Mental hospitals Bombay report 1929-33 - 1929-1933
Year: 1929
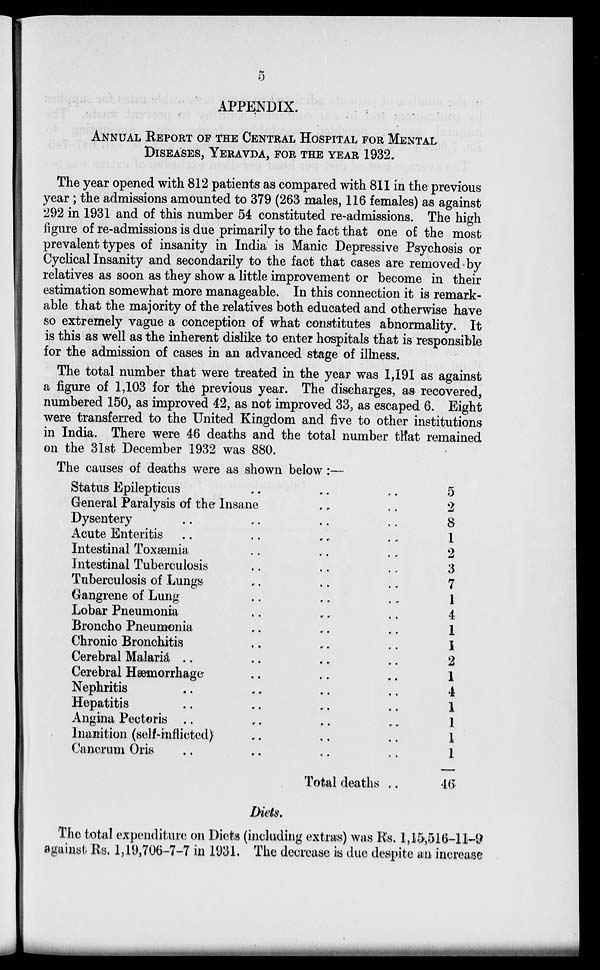
5
APPENDIX.
ANNUAL REPORT OF THE CENTRAL HOSPITAL FOR MENTAL
DISEASES, YERAVDA, FOR THE YEAR 1932.
The year opened with 812 patients as compared with 811 in the previous
year ; the admissions amounted to 379 (263 males, 116 females) as against
292 in 1931 and of this number 54 constituted re-admissions. The high
figure of re-admissions is due primarily to the fact that one of the most
prevalent types of insanity in India is Manic Depressive Psychosis or
Cyclical Insanity and secondarily to the fact that cases are removed by
relatives as soon as they show a little improvement or become in their
estimation somewhat more manageable. In this connection it is remark-
able that the majority of the relatives both educated and otherwise have
so extremely vague a conception of what constitutes abnormality. It
is this as well as the inherent dislike to enter hospitals that is responsible
for the admission of cases in an advanced stage of illness.
The total number that were treated in the year was 1,191 as against
a figure of 1,103 for the previous year. The discharges, as recovered,
numbered 150, as improved 42, as not improved 33, as escaped 6. Eight
were transferred to the United Kingdom and five to other institutions
in India. There were 46 deaths and the total number that remained
on the 31st December 1932 was 880.
The causes of deaths were as shown below:—
Status Epilepticus .. .. ..
General Paralysis of the Insane .. ..
Dysentery .. .. .. ..
Acute Enteritis .. .. .. ..
Intestinal Toxæmia .. .. ..
Intestinal Tuberculosis .. .. ..
Tuberculosis of Lungs .. .. ..
Gangrene of Lung .. .. ..
Lobar Pneumonia .. .. ..
Broncho Pneumonia .. .. ..
Chronic Bronchitis .. .. ..
Cerebral Malaria .. .. .. ..
Cerebral Hæmorrhage .. .. ..
Nephritis .. .. .. ..
Hepatitis .. .. .. ..
Angina Pectoris .. .. .. ..
Inanition (self-inflicted) .. .. ..
Cancrum Oris .. .. .. ..
Total deaths ..
5
2
8
1
2
3
7
1
4
1
1
2
1
4
1
1
1
1
46
Diets.
The total expenditure on Diets (including extras) was Rs. 1,15,516-11-9
against Rs. 1,19,706-7-7 in 1931. The decrease is due despite an increase